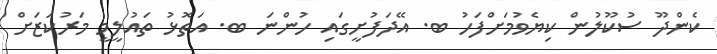
ކެންދޫ ސުކޫލުން ކިޔެވުމަށްފަހު ބ. އޭދަފުށީގައި ހުންނަ ބ. އަތޮޅު ތައުލީމީ މަރުކަޒަށް